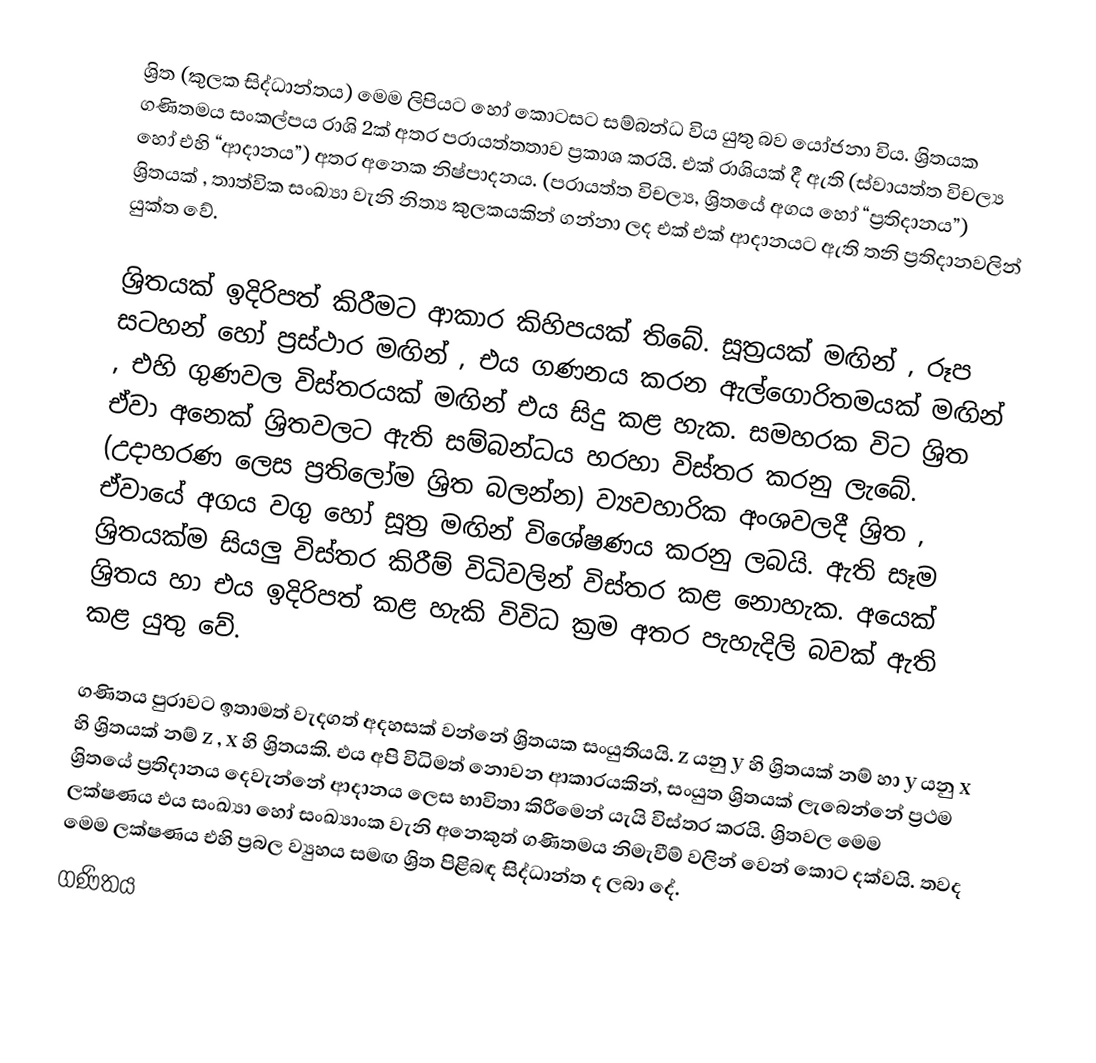
ශ්‍රිත (කුලක සිද්ධාන්තය) මෙම ලිපියට හෝ කොටසට සම්බන්ධ විය යුතු බව යෝජනා විය. ශ්‍රිතයක ගණිතමය සංකල්පය රාශි 2ක් අතර පරායත්තතාව ප්‍රකාශ කරයි. එක් රාශියක් දී ඇති (ස්වායත්ත විචල්‍ය හෝ එහි “ආදානය”) අතර අනෙක නිෂ්පාදනය. (පරායත්ත විචල්‍ය, ශ්‍රිතයේ අගය හෝ “ප්‍රතිදානය”) ශ්‍රිතයක් , තාත්වික සංඛ්‍යා වැනි නිත්‍ය කුලකයකින් ගන්නා ලද එක් එක් ආදානයට ඇති තනි ප්‍රතිදානවලින් යුක්ත වේ.

ශ්‍රිතයක් ඉදිරිපත් කිරීමට ආකාර කිහිපයක් ‍ති‍බේ. සූත්‍රයක් මඟින් , රූප සටහන් හෝ ප්‍රස්ථාර මඟින් , එය ගණනය කරන ඇල්ගොරිතමයක් මඟින් , එහි ගුණවල විස්තරයක් මඟින් එය සිදු කළ හැක. සමහරක විට ශ්‍රිත ඒවා අනෙක් ශ්‍රිතවලට ඇති සම්බන්ධය හරහා විස්තර කරනු ලැ‍බේ. (උදාහරණ ලෙස ප්‍රතිලෝම ශ්‍රිත බලන්න) ව්‍යවහාරික අංශවලදී ශ්‍රිත , ඒවායේ අගය වගු හෝ සූත්‍ර මඟින් විශේෂණය කරනු ලබයි. ඇති සෑම ශ්‍රිතයක්ම සියලු විස්තර කිරීම් විධිවලින් විස්තර කළ නොහැක. අයෙක් ශ්‍රිතය හා එය  ඉදිරිපත් කළ හැකි විවිධ ක්‍රම අතර පැහැදිලි  බවක් ඇති කළ යුතු වේ.

ගණිතය පුරාවට ඉතාමත් වැදගත් අදහසක් වන්නේ ශ්‍රිතයක සංයුතියයි. z යනු y හි ශ්‍රිතයක් නම් හා y යනු x  හි ශ්‍රිතයක් නම්  z , x  හි ශ්‍රිතයකි. එය අපි විධිමත් නොවන ආකාරයකින්, සංයුත ශ්‍රිතයක් ලැබෙන්නේ ප්‍රථම ශ්‍රිතයේ ප්‍රතිදානය දෙවැන්නේ ආදානය ලෙස භාවිතා කිරීමෙන් යැයි විස්තර කරයි. ශ්‍රිතවල මෙම ලක්ෂණය එය සංඛ්‍යා හෝ සංඛ්‍යාංක වැනි අනෙකුත් ගණිතමය නිමැවීම් වලින් වෙන් කොට දක්වයි. තවද මෙම ලක්ෂණය එහි ප්‍රබල ව්‍යුහය සමඟ ශ්‍රිත පිළිබඳ සිද්ධාන්ත ද ලබා දේ.
ගණිතය